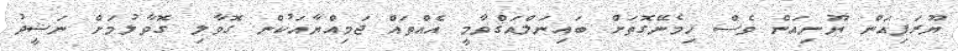
ޔޫރަޕިއަން ޔޫނިއަން ވެސް ހިމެނޭގޮތަށް ބައިނަލްއަޤްވާމީ އެއްތައް ޖަމިއްޔާއަކުން ގޮވާލި ގޮވާލުމަށް ނަޝީދު